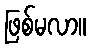
ဖြစ်မလာ။